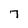
Character: 7